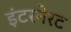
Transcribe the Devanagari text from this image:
इंटरनेरट